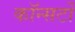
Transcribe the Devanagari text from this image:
कॉन्सर्टो